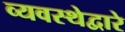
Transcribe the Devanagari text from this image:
व्यवस्थेद्वारे